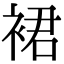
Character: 裙